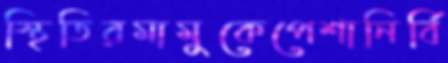
স্থিতিরমামুকেপেশানির্বি